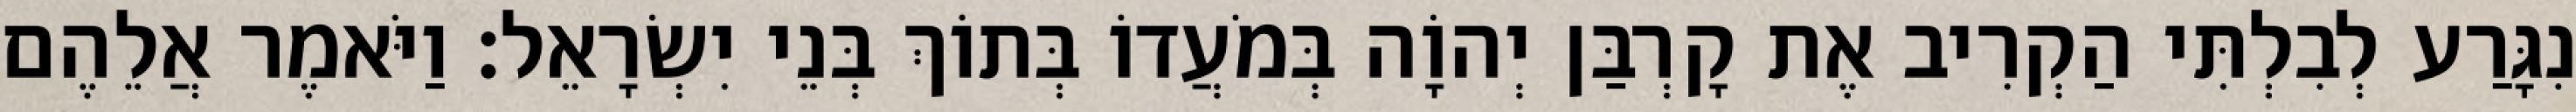
נִגָּרַע לְבִלְתִּי הַקְרִיב אֶת קָרְבַּן יְהוָֹה בְּמֹעֲדוֹ בְּתוֹךְ בְּנֵי יִשְׂרָאֵל׃ וַיֹּאמֶר אֲלֵהֶם